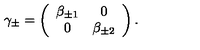
\gamma _ { \pm } = \left( \begin{array} { c c } { \beta _ { \pm 1 } } & { 0 } \\ { 0 } & { \beta _ { \pm 2 } } \\ \end{array} \right) .